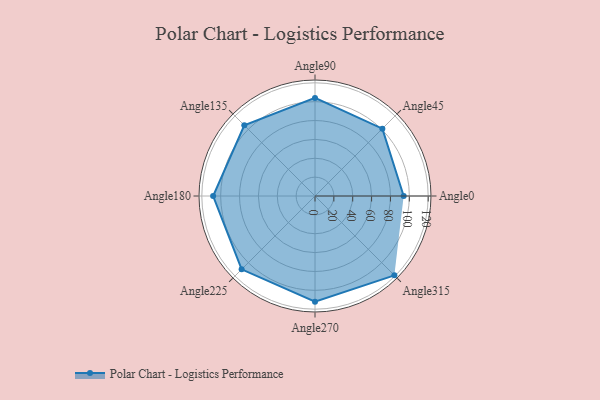
{"axis": {"x": "Angle", "y": "Radius"}, "legend": [""], "data": [{"x": "Angle0", "y": 94.0, "type": ""}, {"x": "Angle45", "y": 101.0, "type": ""}, {"x": "Angle90", "y": 104.0, "type": ""}, {"x": "Angle135", "y": 106.0, "type": ""}, {"x": "Angle180", "y": 108.0, "type": ""}, {"x": "Angle225", "y": 110.0, "type": ""}, {"x": "Angle270", "y": 112.0, "type": ""}, {"x": "Angle315", "y": 119.0, "type": ""}]}